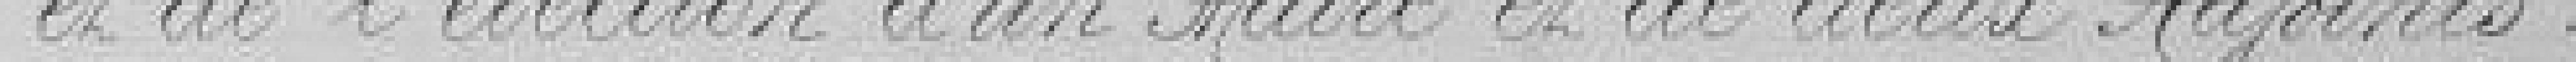
et de l'élection d'un Maire et de deux Adjoints.